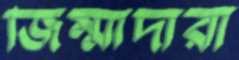
জিম্মাদারী